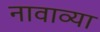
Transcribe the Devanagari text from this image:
नावाव्या